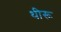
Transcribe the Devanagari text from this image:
थीरू